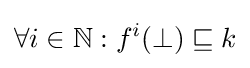
\forall i\in \mathbb {N} :f^{i}(\bot )\sqsubseteq k